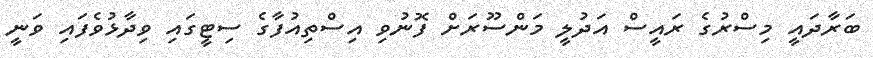
ބަރާދައީ މިސްރުގެ ރައީސް އަދުލީ މަންސޫރަށް ފޮނުވި އިސްތިއުފާގެ ސިޓީގައި ވިދާޅުވެފައި ވަނީ